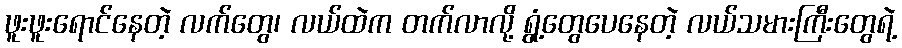
ဖူးဖူးရောင်နေတဲ့ လက်တွေ၊ လယ်ထဲက တက်လာလို့ ရွံ့တွေပေနေတဲ့ လယ်သမားကြီးတွေရဲ့